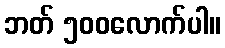
ဘတ် ၅၀၀လောက်ပါ။